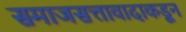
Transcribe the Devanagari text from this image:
समाजसत्तावादाकडून